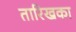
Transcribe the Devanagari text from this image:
तारिखका